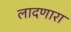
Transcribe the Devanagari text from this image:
लादणारा